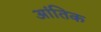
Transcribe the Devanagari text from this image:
आंतिक